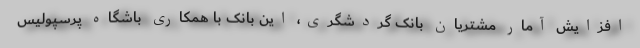
افزایش آمار مشتریان بانک گردشگری، این بانک با همکاری باشگاه پرسپولیس